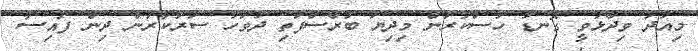
މިއަދު ވިދާޅުވީ ގޮނޑު ހުސްކުރަން މިދިޔަ ބުރާސްފަތި ދުވަހު ސަރުކާރުން ދިން ފައިސާ